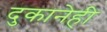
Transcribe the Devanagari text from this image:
दुकानेही